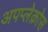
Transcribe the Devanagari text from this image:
अपप्लेक्रोस